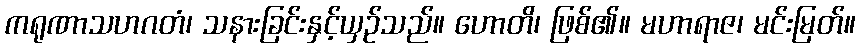
ကရုဏာသဟဂတံ၊ သနားခြင်းနှင့်ယှဉ်သည်။ ဟောတိ၊ ဖြစ်၏။ မဟာရာဇ၊ မင်းမြတ်။